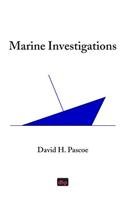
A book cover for Marine Investigations; David H Pascoe; Business & Money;